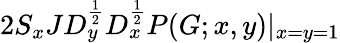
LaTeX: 2S_{x}JD_{y}^{\frac{1}{2}}D_{x}^{\frac{1}{2}}P(G;x,y)|_{x=y=1}